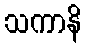
သကာနိ